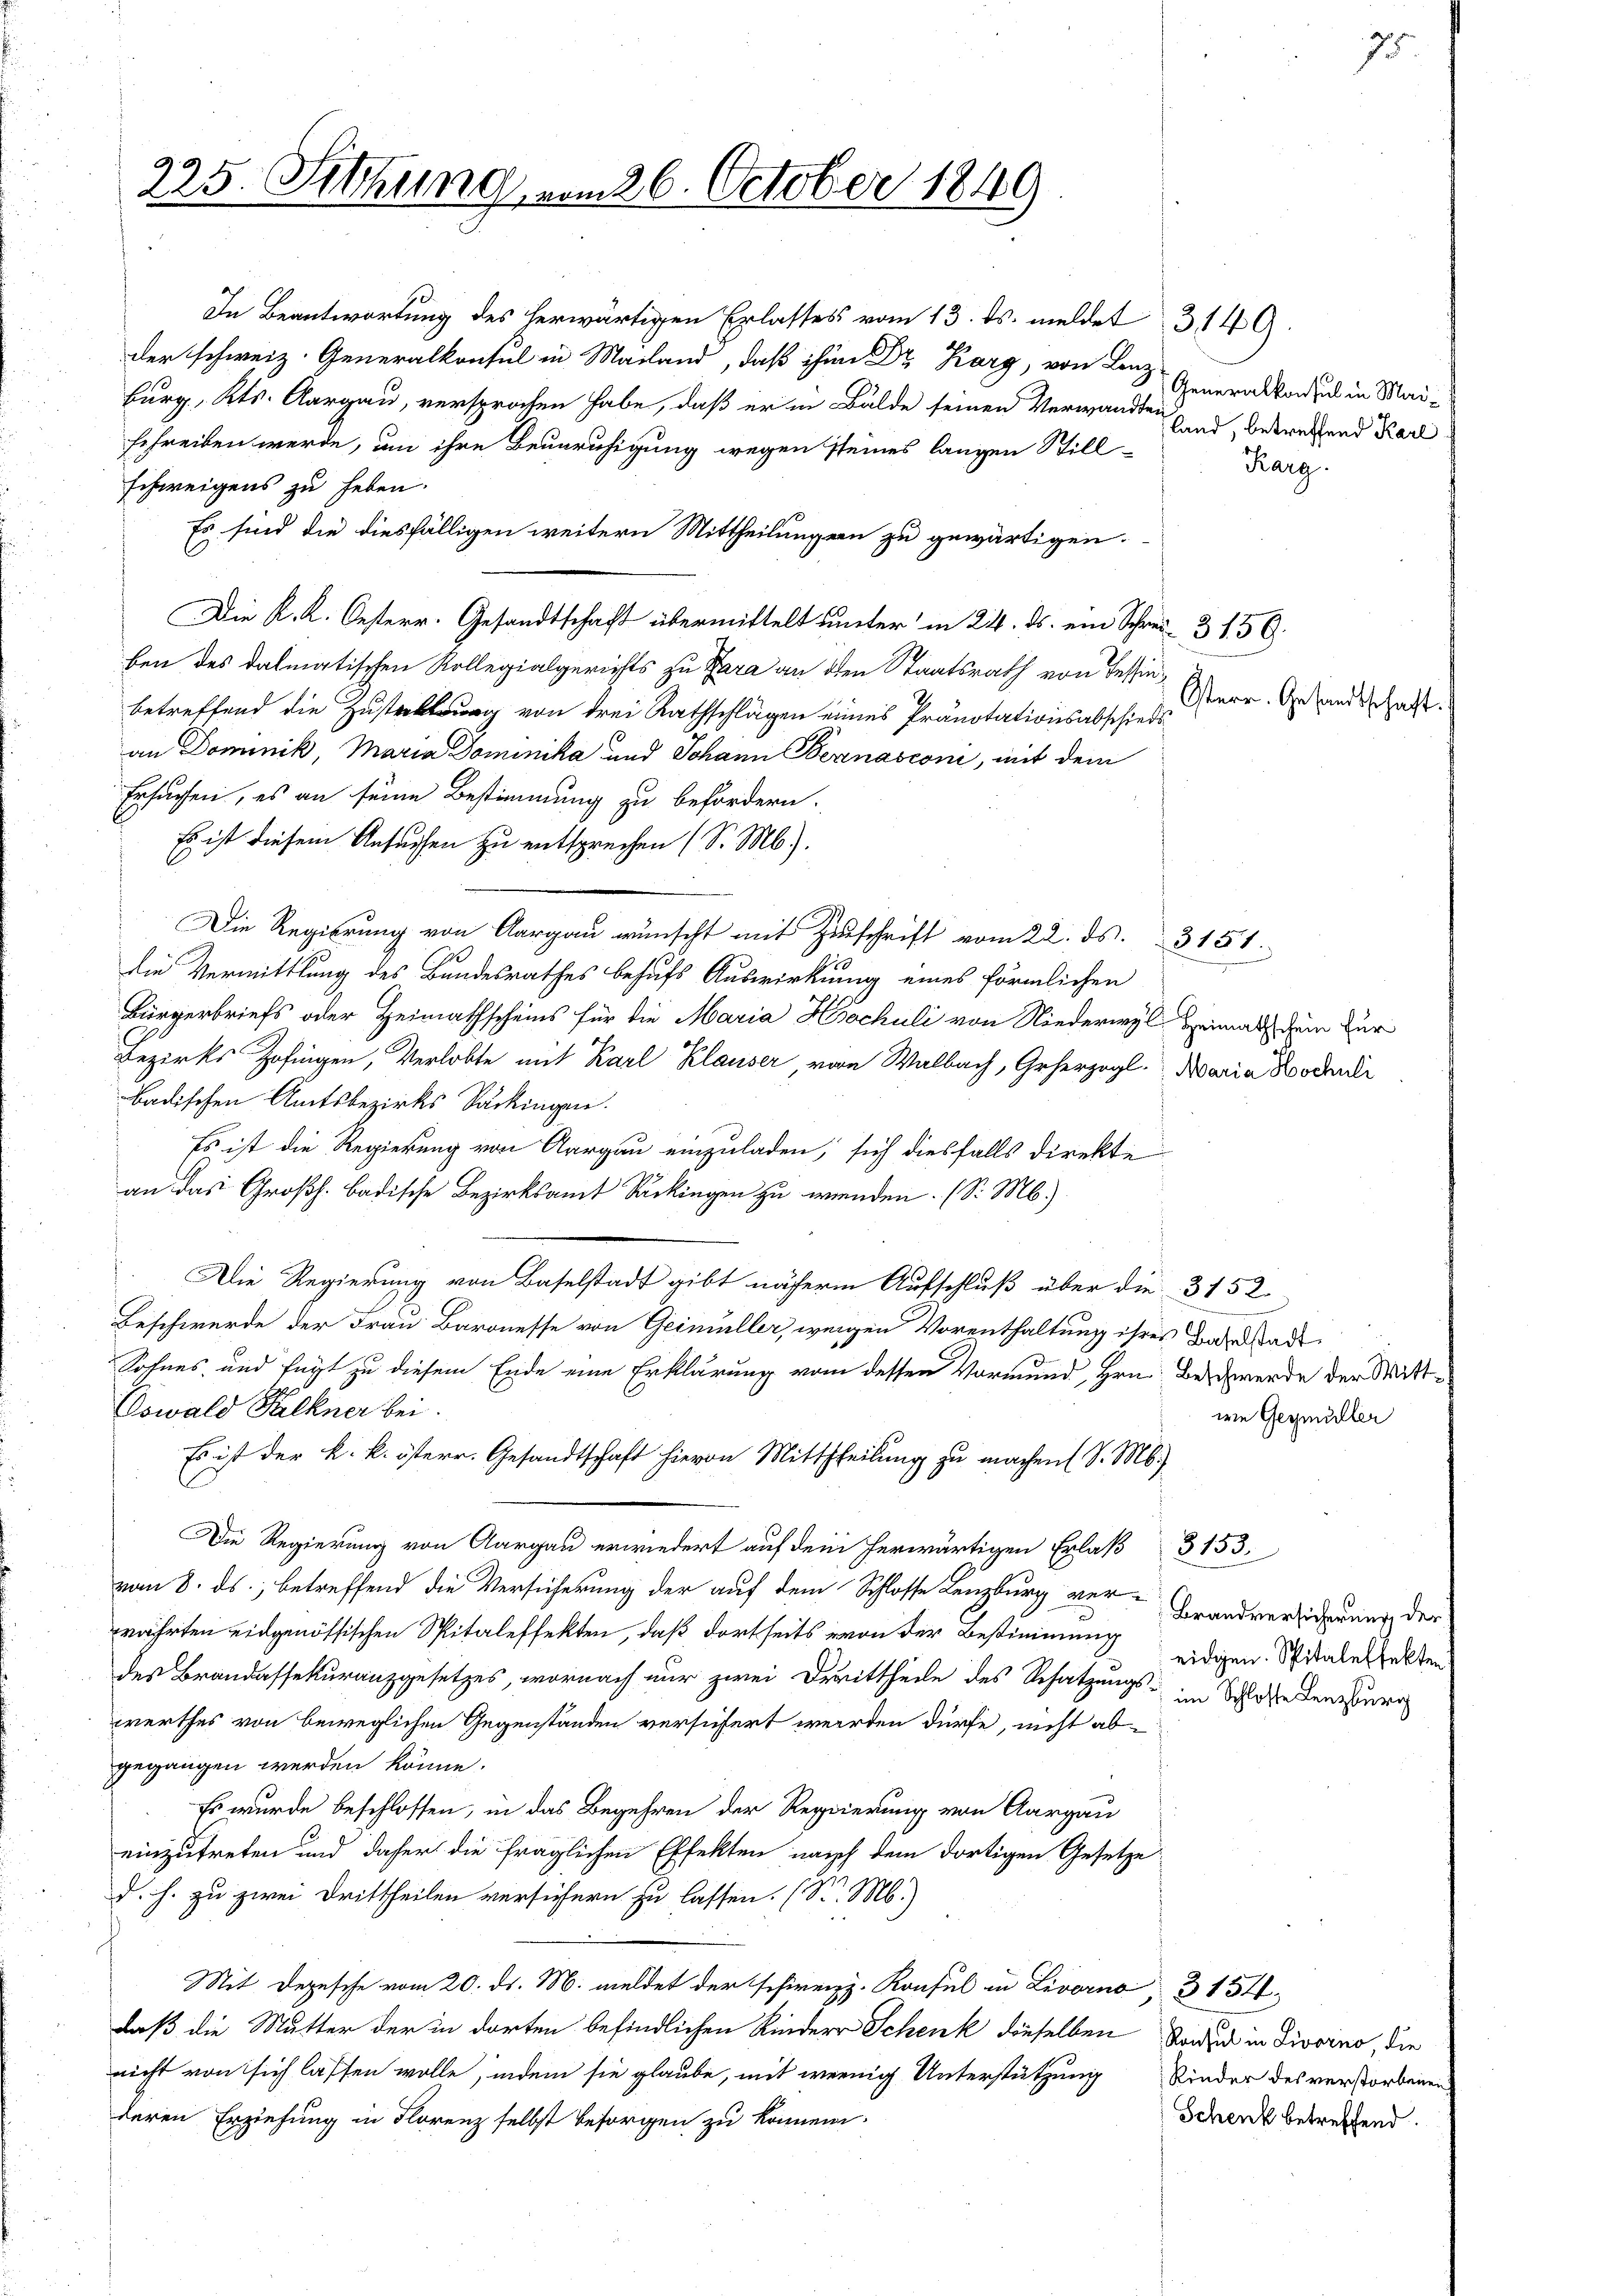
225. Sitzung vom 26. October 1849

In Beantwortung des herwärtigen Erlasses vom 13. ds. meldet 3149.
der schweiz. Generalkonsul in Mailand, daß ihn Dr Karg, von Lenz Generalboden in Mai¬
Burg, Kts. Aargau, versprochen habe, daß er in Bälde seinen Verwandten und Berechend Karl
schreiben werde, um ihre Beunruhigung wegen seines langen Still-
schweigens zu heben.
Es sind die diesfälligen weitern Mittheilungen zu gewärtigen.
Die K. K. Oesterr. Gesandtschaft übermittelt unter in 24. ds. ein Schrei- 3150.
ben des dalmatischen Kollegialgerichts zu Zara an den Staatsrath von Tessin
betreffend die Zusterung von drei Rathschlägen eines Pränotationsabschiedsan Dominik, Maria Dominika und Johann Bernasconi, mit dem
Ersuchen, es an seine Bestimmung zu befördern.
Es ist diesem Ansuchen zu entsprechen (S. M.).
Die Regierŭng von Aargau wünscht mit Zŭschrift vom 22. ds. 3151.
die Vermittlung des Bundesrathes behufs Auswirkung eines förmlichen
Bürgerbriefs oder Heimathscheins für die Maria Hochuli von Niederwyl Heimaths dem für
Bezirks Zofingen, Verlobte mit Karl Klauser, von Walbach, Geherzogl. Maria Bodenlei
badischen Amtsbezirks Säckingen.
Es ist die Regierung von Aargau einzuladen, sich diesfalls direkte
an das Großh. badische Bezirksamt Sarkingen zu wenden. (S. M.)
Die Regierung von Baselstadt gibt näherm Aufschluß über die 3152
Beschwerde der Frau Baronesse von Geimüller, weigen Vorenthaltung ihres Badstadt
Sohnes und fügt zu diesem Ende eine Erklärung vom dessen Vormund, Hrn. Beschwerde der Mitt¬
Dowald Palkner bei.
Es ist der k. k. österr. Gesandtschaft hievon Mittheilung zu machen S. M.)
Die Regierung von Aargau erwiedert auf dem herwärtigen Erlaß 3 153.
vom 8. ds., betreffend die Versicherung der auf dem Schlosse Lenzburg ver-Brandversichnung der
währten eidgenössischen Spitaleffekten, daß dortseits von der Bestimmung
des Brandassekuranzgesetzes, wornach nur zwei Drittheile des Besatzungs- in Wasse Lenzburg
werthes von beweglichen Gegenständen versichert werden dürfe, nicht ab-
gegangen werden könne.
Es wurde beschlossen, in das Begehren der Regierung von Aargau
einzutreten und daher die fraglichen Effekten nach dem dortigen Gesetze
d. h. zu zwei Drittheilen versichern zu lassen. (S. M.)
Mit Depesche vom 20. ds. M. meldet der schirenzz. Konsul in Livorno, 3154
daß die Mutter der in dorten befindlichen Kinder Schenk dieselben Band in Livorno, die
nicht von sich lassen wolle, indem sie glaube, mit wenig Unterstützung Kinder des verstorbene
deren Erziehung in Florenz selbst besorgen zu können.

Karg.

Osterr. Gesandtschaf

wie Gegmüller

7.

eidgen. Spitaleffekten

Schenk betreffend.